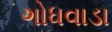
ગોધવાડા